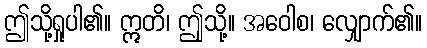
ဤသို့ရှုပါ၏။ ဣတိ၊ ဤုသို့။ အဝေါစ၊ လျှောက်၏။